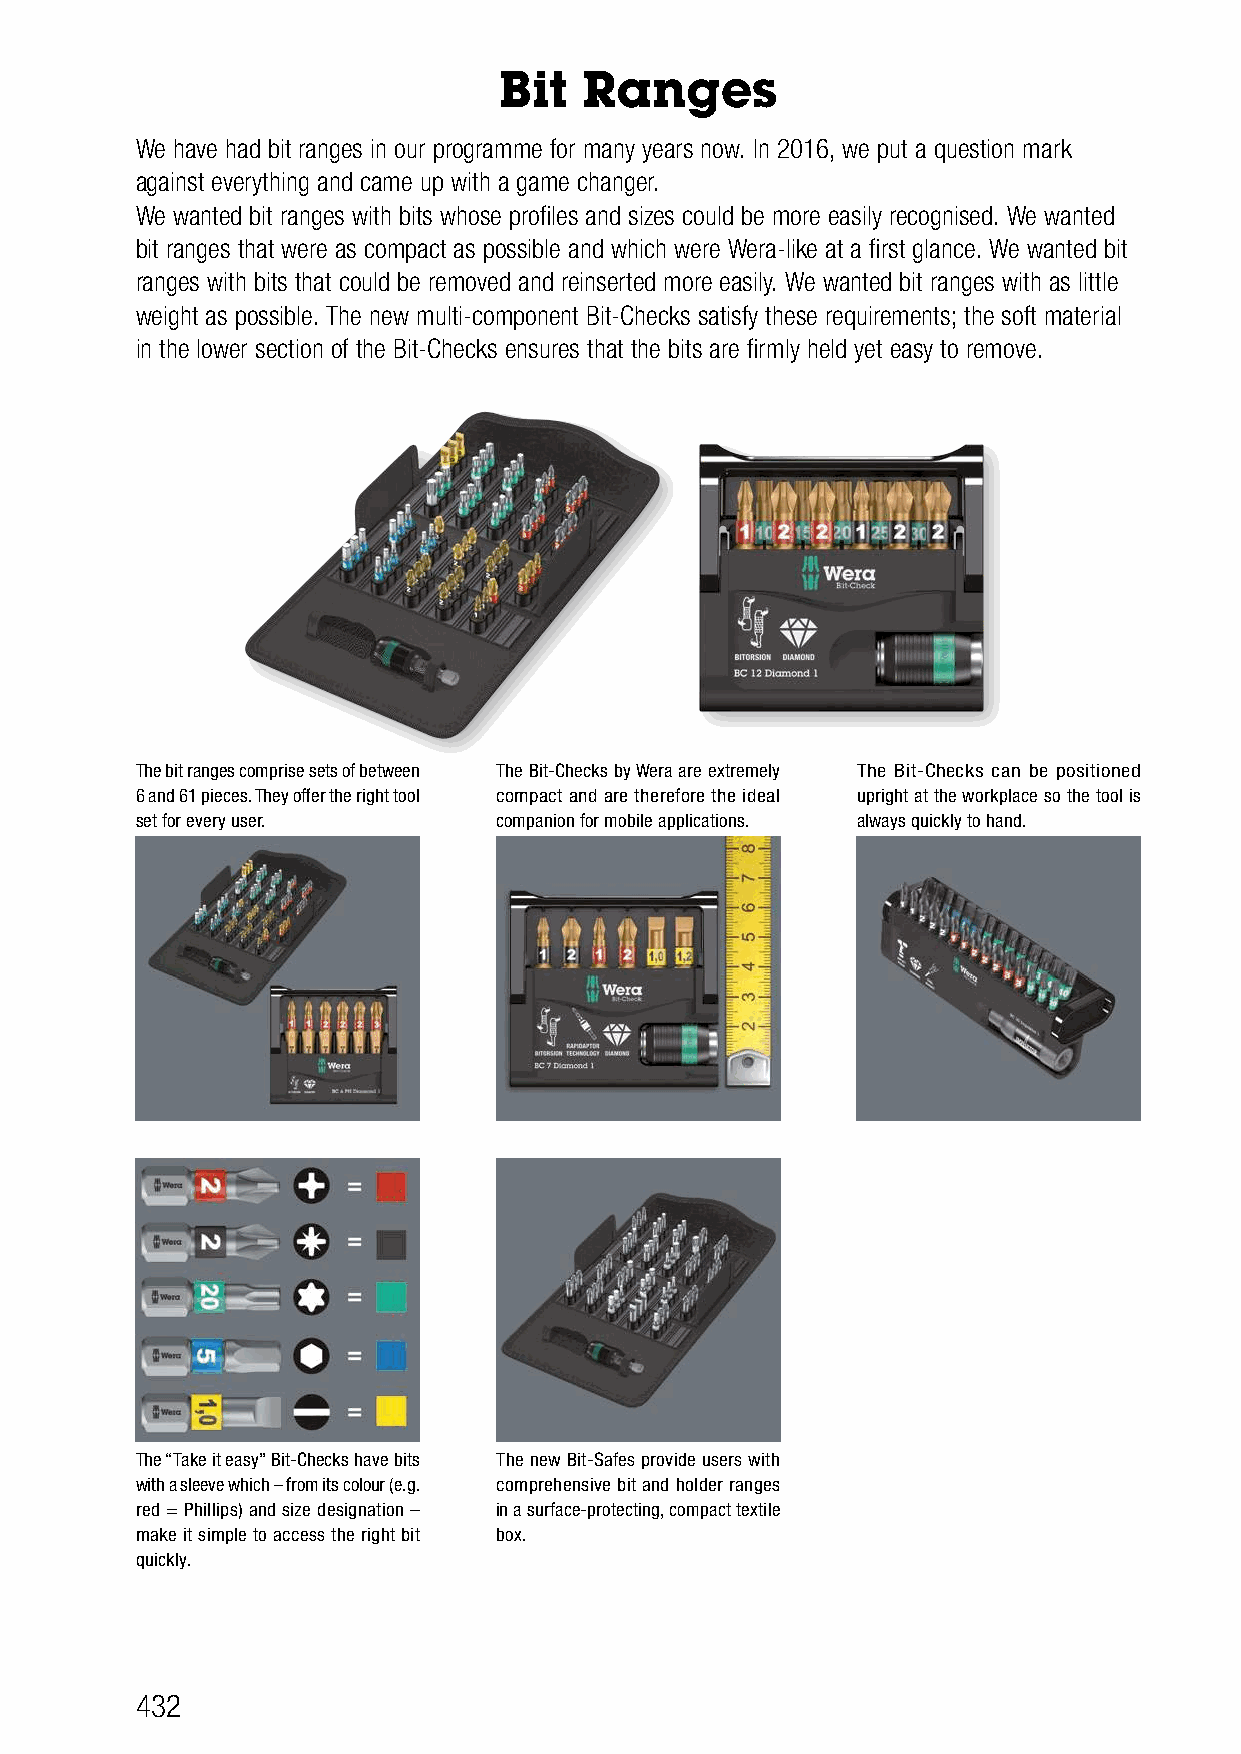
Bit   Ranges
 We have had bit ranges in our programme for many years now. In 2016, we put a question mark
 against everything and came up with a game changer.
 We wanted bit ranges with bits whose profiles and sizes could be more easily recognised. We wanted
 bit ranges that were as compact as possible and which were Wera-like at a first glance. We wanted bit
 ranges with bits that could be removed and reinserted more easily. We wanted bit ranges with as little
 weight as possible. The new multi-component Bit-Checks satisfy these requirements; the soft material
 in the lower section of the Bit-Checks ensures that the bits are firmly held yet easy to remove.
 The bit ranges comprise sets of between The Bit-Checks by Wera are extremely The Bit-Checks can be positioned
 6 and 61 pieces. They offer the right tool compact and are therefore the ideal upright at the workplace so the tool is
 set for every user.     companion for mobile applications. always quickly to hand.
 The “Take it easy” Bit-Checks have bits The new Bit-Safes provide users with
 with a sleeve which – from its colour (e.g. comprehensive bit and holder ranges
 red = Phillips) and size designation – in a surface-protecting, compact textile
 make it simple to access the right bit box.
 quickly.
 432